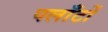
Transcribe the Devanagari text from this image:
पलाँटों